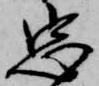
忠